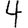
Digit: 4